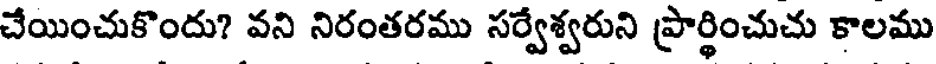
చేయించుకొందు? వని నిరంతరము సర్వేశ్వరుని ప్రార్థించుచు కాలము